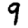
Digit: 9